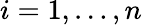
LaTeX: i=1,\dots,n